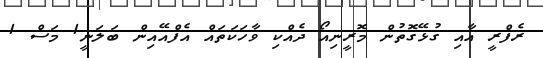
ރެފްރީ އާއި ގުޅޭގޮތުން މޮރީނިއޯ ދެއްކި ވާހަކަތައް އެފްއޭއިން ބަލަނީ1 މަސް 1